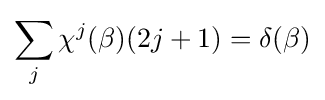
\sum _{j}\chi ^{j}(\beta )(2j+1)=\delta (\beta )